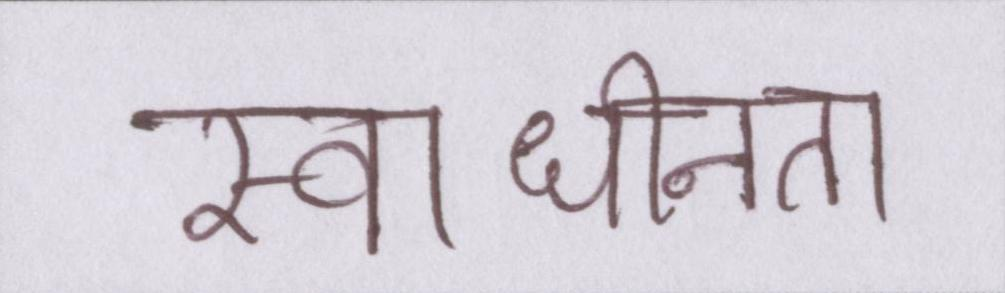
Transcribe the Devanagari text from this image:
स्वाधीनता